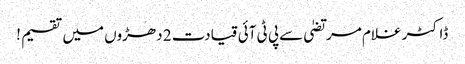
ڈاکٹر غلام مرتضیٰ سےپی ٹی آئی قیادت 2 دھڑوں میں تقسیم !